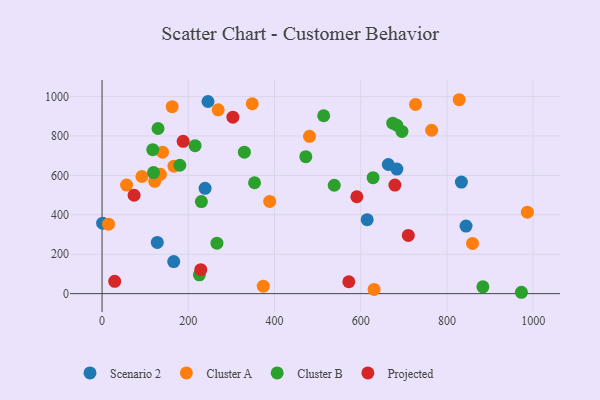
{"axis": {"x": "Distance", "y": "Yield"}, "legend": ["Cluster A", "Cluster B", "Projected", "Scenario 2"], "data": [{"x": "683.9", "y": 631.9, "type": "Scenario 2"}, {"x": "833.5", "y": 566.0, "type": "Scenario 2"}, {"x": "1.3", "y": 357.3, "type": "Scenario 2"}, {"x": "615.0", "y": 375.4, "type": "Scenario 2"}, {"x": "128.1", "y": 259.7, "type": "Scenario 2"}, {"x": "166.2", "y": 162.5, "type": "Scenario 2"}, {"x": "844.3", "y": 342.9, "type": "Scenario 2"}, {"x": "245.7", "y": 975.0, "type": "Scenario 2"}, {"x": "664.0", "y": 655.2, "type": "Scenario 2"}, {"x": "239.0", "y": 534.2, "type": "Scenario 2"}, {"x": "122.2", "y": 569.8, "type": "Cluster A"}, {"x": "631.0", "y": 21.2, "type": "Cluster A"}, {"x": "135.3", "y": 605.4, "type": "Cluster A"}, {"x": "859.3", "y": 254.7, "type": "Cluster A"}, {"x": "269.3", "y": 932.9, "type": "Cluster A"}, {"x": "986.6", "y": 413.5, "type": "Cluster A"}, {"x": "828.4", "y": 984.0, "type": "Cluster A"}, {"x": "15.1", "y": 352.5, "type": "Cluster A"}, {"x": "374.0", "y": 38.1, "type": "Cluster A"}, {"x": "727.2", "y": 960.3, "type": "Cluster A"}, {"x": "162.6", "y": 948.9, "type": "Cluster A"}, {"x": "481.2", "y": 798.3, "type": "Cluster A"}, {"x": "56.9", "y": 550.8, "type": "Cluster A"}, {"x": "140.2", "y": 717.8, "type": "Cluster A"}, {"x": "92.4", "y": 594.4, "type": "Cluster A"}, {"x": "166.8", "y": 646.6, "type": "Cluster A"}, {"x": "388.9", "y": 467.8, "type": "Cluster A"}, {"x": "764.5", "y": 829.2, "type": "Cluster A"}, {"x": "348.4", "y": 963.7, "type": "Cluster A"}, {"x": "117.6", "y": 730.4, "type": "Cluster B"}, {"x": "683.8", "y": 854.5, "type": "Cluster B"}, {"x": "330.1", "y": 717.7, "type": "Cluster B"}, {"x": "514.1", "y": 902.8, "type": "Cluster B"}, {"x": "119.4", "y": 614.4, "type": "Cluster B"}, {"x": "180.3", "y": 651.6, "type": "Cluster B"}, {"x": "883.4", "y": 34.6, "type": "Cluster B"}, {"x": "353.7", "y": 562.6, "type": "Cluster B"}, {"x": "628.7", "y": 588.6, "type": "Cluster B"}, {"x": "472.6", "y": 694.8, "type": "Cluster B"}, {"x": "215.8", "y": 751.0, "type": "Cluster B"}, {"x": "972.8", "y": 6.9, "type": "Cluster B"}, {"x": "225.7", "y": 95.7, "type": "Cluster B"}, {"x": "695.7", "y": 823.2, "type": "Cluster B"}, {"x": "266.5", "y": 255.9, "type": "Cluster B"}, {"x": "129.8", "y": 837.9, "type": "Cluster B"}, {"x": "674.3", "y": 865.0, "type": "Cluster B"}, {"x": "230.4", "y": 467.3, "type": "Cluster B"}, {"x": "538.6", "y": 549.9, "type": "Cluster B"}, {"x": "229.0", "y": 121.5, "type": "Projected"}, {"x": "710.4", "y": 295.6, "type": "Projected"}, {"x": "679.3", "y": 551.1, "type": "Projected"}, {"x": "188.1", "y": 772.7, "type": "Projected"}, {"x": "591.0", "y": 491.7, "type": "Projected"}, {"x": "303.5", "y": 895.7, "type": "Projected"}, {"x": "29.3", "y": 62.5, "type": "Projected"}, {"x": "74.3", "y": 499.3, "type": "Projected"}, {"x": "572.4", "y": 60.4, "type": "Projected"}]}